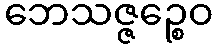
ဘေသဇ္ဇဉ္စေဝ